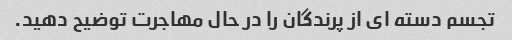
تجسم دسته ای از پرندگان را در حال مهاجرت توضیح دهید.